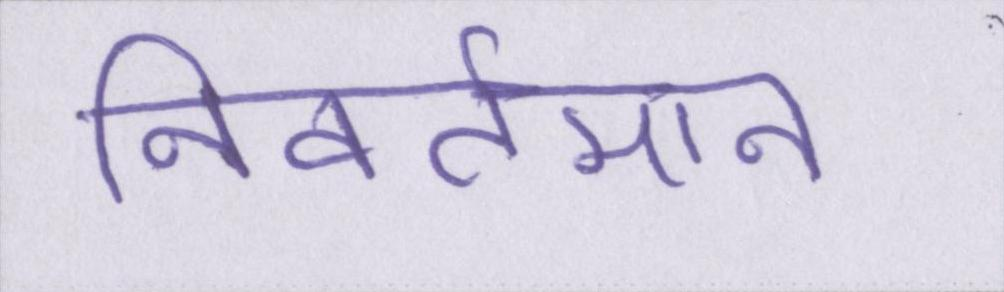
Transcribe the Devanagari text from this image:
निवर्तमान